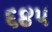
૬૪૫